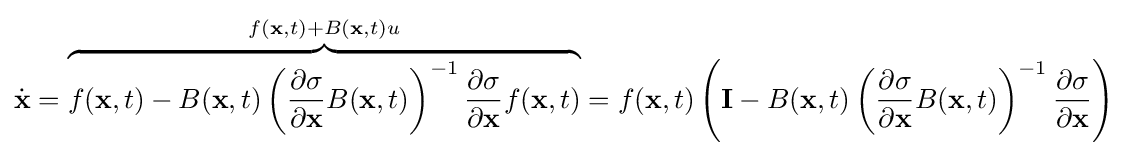
{\dot {\mathbf {x} }}=\overbrace {f(\mathbf {x} ,t)-B(\mathbf {x} ,t)\left({\frac {\partial \sigma }{\partial \mathbf {x} }}B(\mathbf {x} ,t)\right)^{-1}{\frac {\partial \sigma }{\partial \mathbf {x} }}f(\mathbf {x} ,t)} ^{f(\mathbf {x} ,t)+B(\mathbf {x} ,t)u}=f(\mathbf {x} ,t)\left(\mathbf {I} -B(\mathbf {x} ,t)\left({\frac {\partial \sigma }{\partial \mathbf {x} }}B(\mathbf {x} ,t)\right)^{-1}{\frac {\partial \sigma }{\partial \mathbf {x} }}\right)